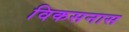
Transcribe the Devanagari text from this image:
विकसनास